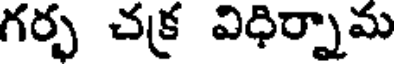
గర్భ చక్ర విధిర్నామ